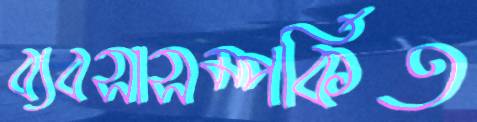
ব্যবসাসম্পর্কিত